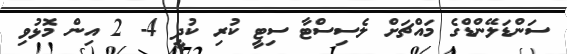
ސަންޑަލޭންޑްގެ މައްޗަށް ލެސިސްޓާ ސިޓީ ކުރި ކުދީ 4- 2 އިން މޮޅުވި